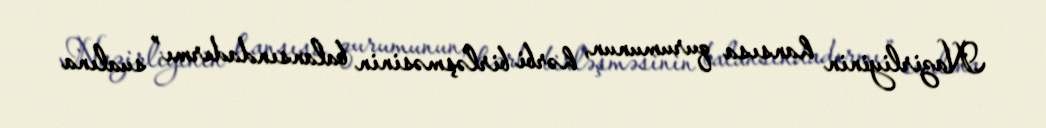
Nazirliyinin hansısa qurumunun, hərbi birləşməsinin balansındadırmı” sualına